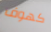
كهوف